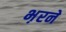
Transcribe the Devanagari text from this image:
भ़रने